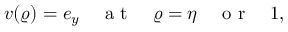
\boldsymbol { v } ( \varrho ) = \boldsymbol { e } _ { y } \quad \mathrm { ~ a ~ t ~ } \quad \varrho = \eta \quad \mathrm { ~ o ~ r ~ } \quad 1 ,